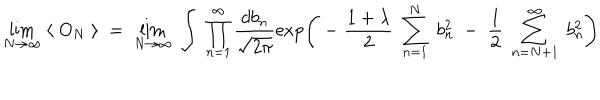
\lim _ { N \rightarrow \infty } \; \langle \; O _ { N } \; \rangle \; = \; \lim _ { N \rightarrow \infty } \; \int \; \prod _ { n = 1 } ^ { \infty } \frac { d b _ { n } } { \sqrt { 2 \pi } } \exp \left( \; - \; \frac { 1 + \lambda } { 2 } \; \sum _ { n = 1 } ^ { N } \; b _ { n } ^ { 2 } \; - \; \frac { 1 } { 2 } \; \sum _ { n = N + 1 } ^ { \infty } \; b _ { n } ^ { 2 } \right)